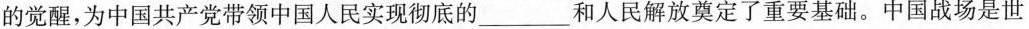
的觉醒，为中国共产党带领中国人民实现彻底的___和人民解放奠定了重要基础。中国战场是世